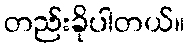
တည်းခိုပါတယ်။